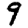
Digit: 9